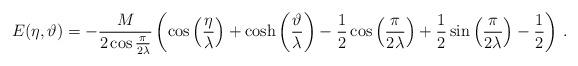
LaTeX: \begin{align*}E(\eta ,\vartheta )=-\frac{M}{2\cos \frac{\pi }{2\lambda }}\left( \cos \left( \frac{\eta }{\lambda }\right) +\cosh \left( \frac{\vartheta }{\lambda }\right) -\frac{1}{2}\cos \left( \frac{\pi }{2\lambda }\right) +\frac{1}{2}\sin \left( \frac{\pi }{2\lambda }\right) -\frac{1}{2}\right)\,.\end{align*}